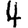
Digit: 4